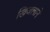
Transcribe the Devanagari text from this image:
खिजलाने